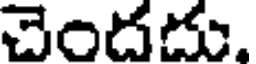
చెందదు.